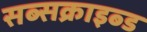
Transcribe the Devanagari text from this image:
सब्सक्राइब्ड